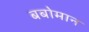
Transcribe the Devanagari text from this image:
बबोमान